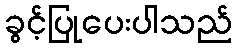
ခွင့်ပြုပေးပါသည်